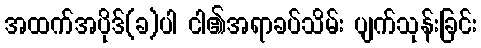
အထက်အပိုဒ်(ခ)ပါ ငါ၏အရာခပ်သိမ်း ပျက်သုန်းခြင်း